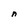
Character: n